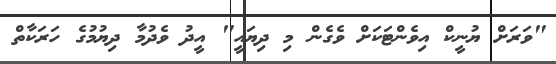
"ވަރަށް ޔުނީކް އިވެންޓަކަށް ވެގެން މި ދިޔައީ" އީދު ވެދުމާ ދިޔުމުގެ ހަރަކާތް